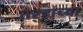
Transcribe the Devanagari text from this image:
तर्‍हांच्या